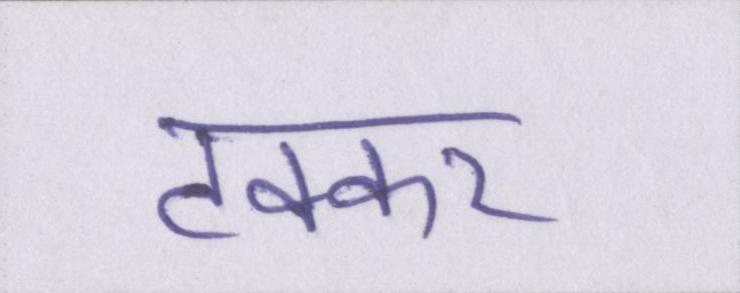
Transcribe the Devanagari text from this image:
टक्कर